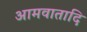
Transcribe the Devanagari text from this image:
आमवातादि